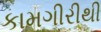
કામગીરીથી